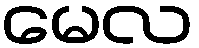
မေလ